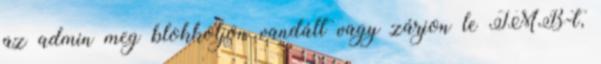
az admin meg blokkoljon vandált vagy zárjon le TMB-t,